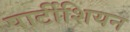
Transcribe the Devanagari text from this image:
पार्टीशियन